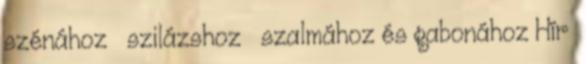
szénához szilázshoz szalmához és gabonához Hír